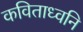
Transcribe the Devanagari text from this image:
कविताध्वनि